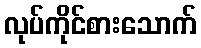
လုပ်ကိုင်စားသောက်